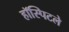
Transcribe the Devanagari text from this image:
हॉस्पिटले